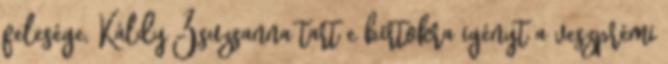
felesége, Káldy Zsuzsanna tart e birtokra igényt a veszprémi